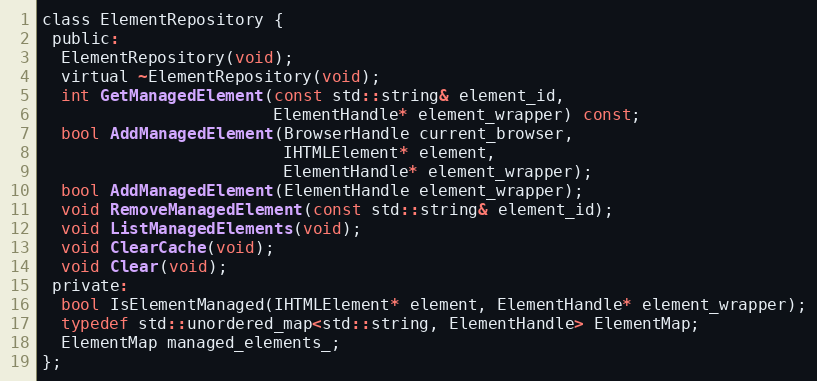
Language: C
class ElementRepository {
 public:
  ElementRepository(void);
  virtual ~ElementRepository(void);
  int GetManagedElement(const std::string& element_id,
                        ElementHandle* element_wrapper) const;
  bool AddManagedElement(BrowserHandle current_browser,
                         IHTMLElement* element,
                         ElementHandle* element_wrapper);
  bool AddManagedElement(ElementHandle element_wrapper);
  void RemoveManagedElement(const std::string& element_id);
  void ListManagedElements(void);
  void ClearCache(void);
  void Clear(void);
 private:
  bool IsElementManaged(IHTMLElement* element, ElementHandle* element_wrapper);
  typedef std::unordered_map<std::string, ElementHandle> ElementMap;
  ElementMap managed_elements_;
};